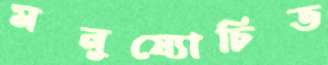
মনুষ্যোচিত